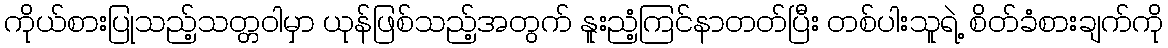
ကိုယ်စားပြုသည့်သတ္တဝါမှာ ယုန်ဖြစ်သည့်အတွက် နူးညံ့ကြင်နာတတ်ပြီး တစ်ပါးသူရဲ့ စိတ်ခံစားချက်ကို